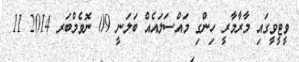
ވީޓީވީގައި މާރާމާރީ ހިންގި މައްސަލައެއް ބަލަނީ 09 ނޮވެމްބަރ 2014 11